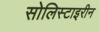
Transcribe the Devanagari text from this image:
सोलिस्टाइरीन